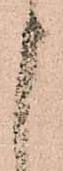
申